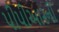
પીપીઆરની